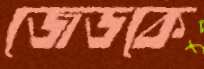
জেডকে